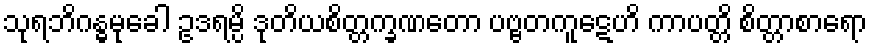
သုရဘိဂန္ဓမုခေါ ဥဒရမ္ပိ ဒုတိယစိတ္တက္ခဏတော ပဗ္ဗတကူဋေဟိ ကာပတ္တိ စိတ္တာစာရော